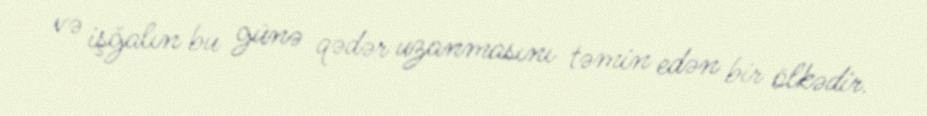
və işğalın bu günə qədər uzanmasını təmin edən bir ölkədir.